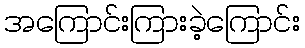
အကြောင်းကြားခဲ့ကြောင်း